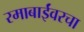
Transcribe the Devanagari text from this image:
रमाबाईंवरचा